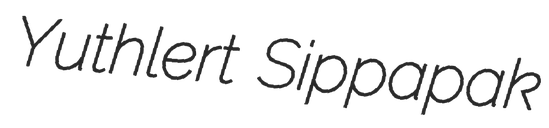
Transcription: Yuthlert Sippapak